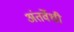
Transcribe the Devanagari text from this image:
अंतर्वेधी